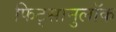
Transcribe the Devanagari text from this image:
फिट्सानुलॉक